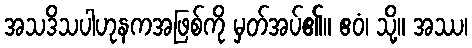
အသဒိသပါဟုနကအဖြစ်ကို မှတ်အပ်၏။ ဧဝံ၊ သို့။ အဿ၊